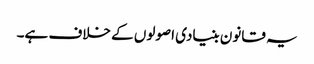
یہ قانون بنیادی اصولوں کے خلاف ہے۔